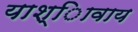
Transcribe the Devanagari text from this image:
याश्ािवाय